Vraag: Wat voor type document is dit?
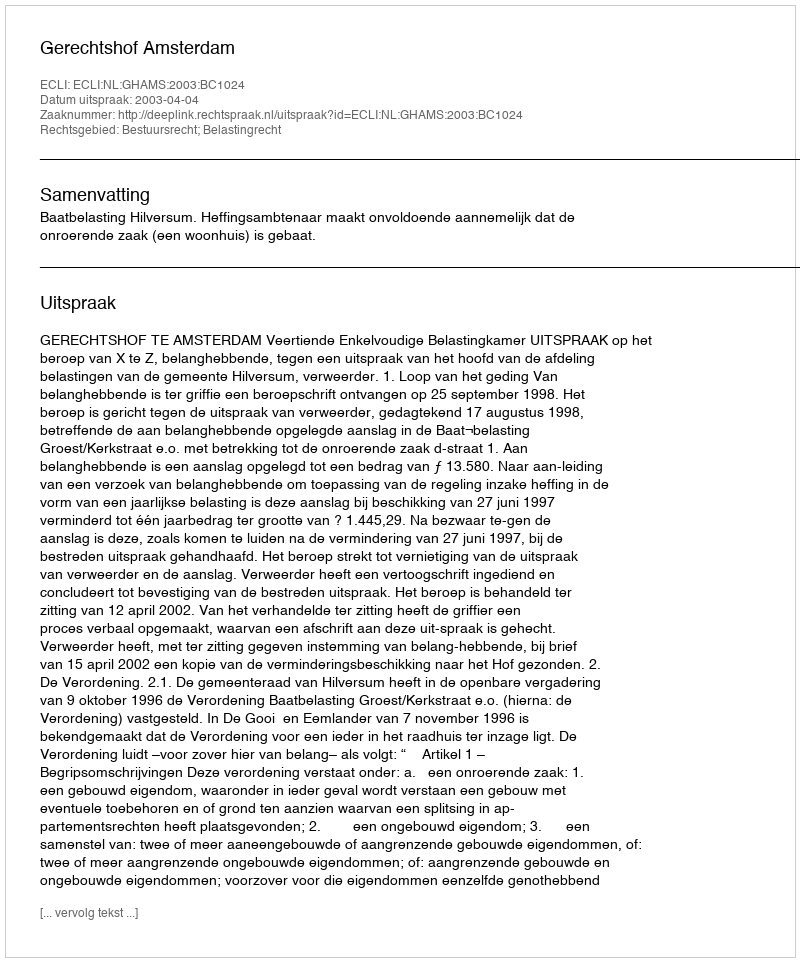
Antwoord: Uitspraak